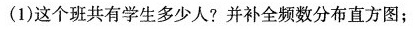
(1)这个班共有学生多少人?并补全频数分布直方图；